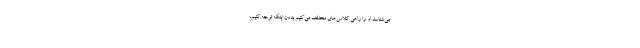
می‌شناسد او را راهی کلاس‌های مختلف می‌کنیم بدون اینکه توجه کنیم،